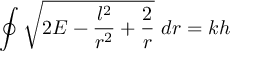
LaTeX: \oint { \sqrt { 2 E - { \frac { l ^ { 2 } } { r ^ { 2 } } } + { \frac { 2 } { r } } } } \ d r = k h